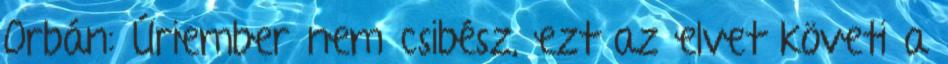
Orbán: Úriember nem csibész, ezt az elvet követi a